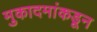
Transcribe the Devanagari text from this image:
मुकादमांकडून